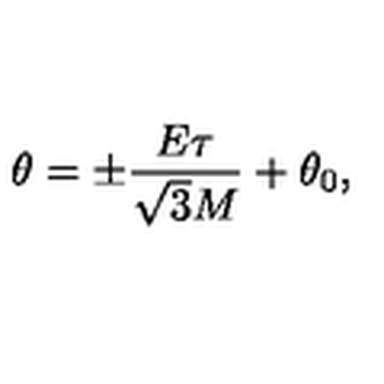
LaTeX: \theta = \pm \frac { E \tau } { \sqrt { 3 } M } + \theta _ { 0 } ,